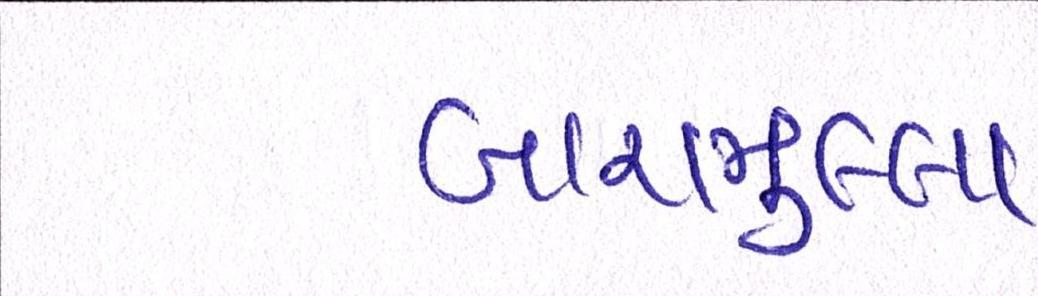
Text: બારામુલ્લા